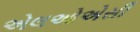
એલઓએસી